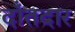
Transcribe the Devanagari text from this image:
दाँतदार